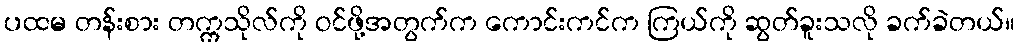
ပထမ တန်းစား တက္ကသိုလ်ကို ဝင်ဖို့အတွက်က ကောင်းကင်က ကြယ်ကို ဆွတ်ခူးသလို ခက်ခဲတယ်။